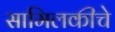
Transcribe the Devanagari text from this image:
सामिलकीचे